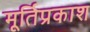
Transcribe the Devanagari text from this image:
मूर्तिप्रकाश